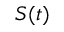
S ( t )